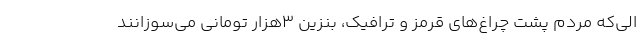
الی‌که مردم پشت چراغ‌های قرمز و ترافیک، بنزین 3هزار تومانی می‌سوزانند